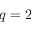
q = 2